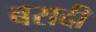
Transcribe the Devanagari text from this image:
बरादी